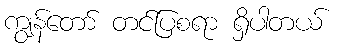
ကျွန်တော် တင်ပြစရာ ရှိပါတယ်